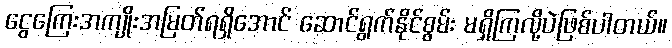
ငွေကြေးအကျိုးအမြတ်ရရှိအောင် ဆောင်ရွက်နိုင်စွမ်း မရှိကြလို့ပဲဖြစ်ပါတယ်။